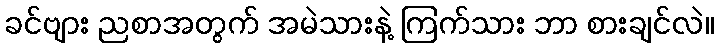
ခင်ဗျား ညစာအတွက် အမဲသားနဲ့ ကြက်သား ဘာ စားချင်လဲ။